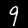
Label: 9